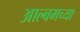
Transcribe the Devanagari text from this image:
आल्बमच्या